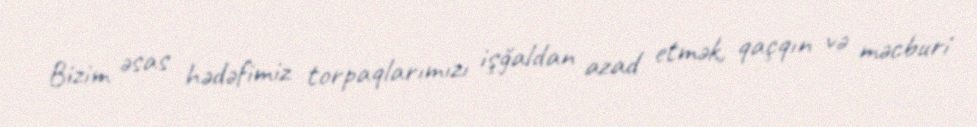
Bizim əsas hədəfimiz torpaqlarımızı işğaldan azad etmək, qaçqın və məcburi